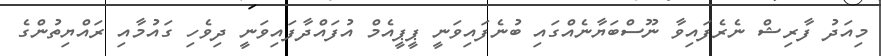
މިއަދު ފާރިޝް ނެރެފައިވާ ނޫސްބަޔާނެއްގައި ބުނެފައިވަނީ ޕީޕީއެމް އުފައްދާފައިވަނީ ދިވެހި ގައުމާއި ރައްޔިތުންގެ